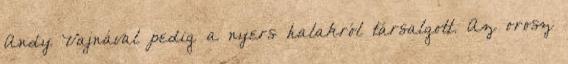
Andy Vajnával pedig a nyers halakról társalgott. Az orosz